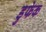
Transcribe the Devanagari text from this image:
डुफेक